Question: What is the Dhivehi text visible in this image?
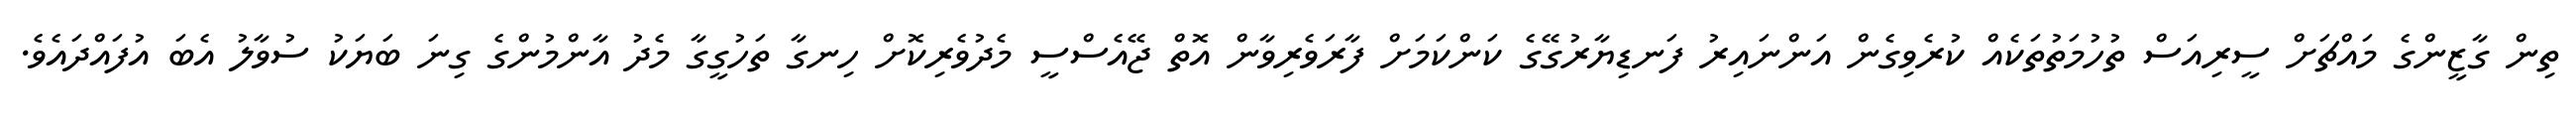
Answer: ތިން ގާޒީންގެ މައްޗަށް ސީރިއަސް ތުހުމަތުތަކެއް ކުރެވިގެން އަންނައިރު ފަނޑިޔާރުގޭގެ ކަންކަމަށް ފާރަވެރިވާން އޮތް ޖޭއެސްސީ މެދުވެރިކޮށް ހިނގާ ތަހުގީގާ މެދު އާންމުންގެ ގިނަ ބަޔަކު ސުވާލު އެބަ އުފައްދައެވެ.